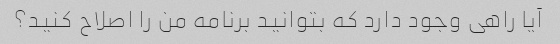
آیا راهی وجود دارد که بتوانید برنامه من را اصلاح کنید؟